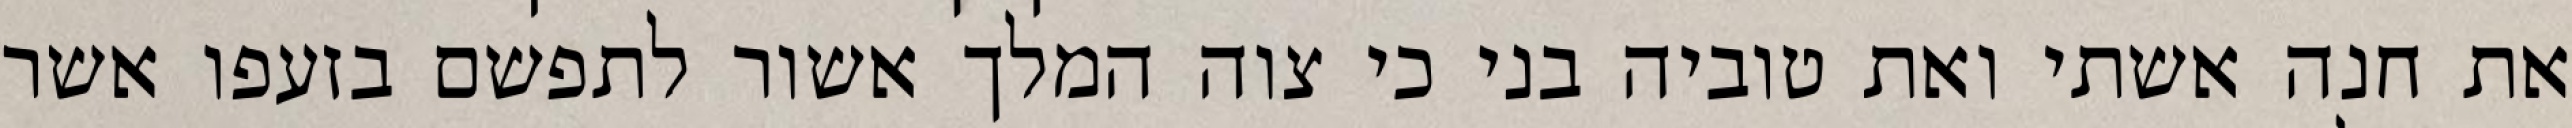
את חנה אשתי ואת טוביה בני כי צוה המלך אשור לתפשם בזעפו אשר